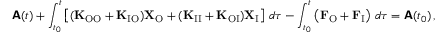
\boldsymbol { \mathsf { A } } ( t ) + \int _ { t _ { 0 } } ^ { t } \left[ ( \mathbf { K } _ { \mathrm { O O } } + \mathbf { K } _ { \mathrm { I O } } ) \mathbf { X } _ { \mathrm { O } } + ( \mathbf { K } _ { \mathrm { I I } } + \mathbf { K } _ { \mathrm { O I } } ) \mathbf { X } _ { \mathrm { I } } \right] \, d \tau - \int _ { t _ { 0 } } ^ { t } \left( \mathbf { F } _ { \mathrm { O } } + \mathbf { F } _ { \mathrm { I } } \right) \, d \tau = \boldsymbol { \mathsf { A } } ( t _ { 0 } ) \, ,